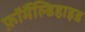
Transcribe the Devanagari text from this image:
फ़ॉर्मैल्डिहाइड